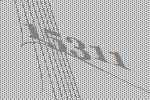
15311